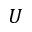
U